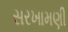
સરખામણી